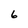
Character: 6